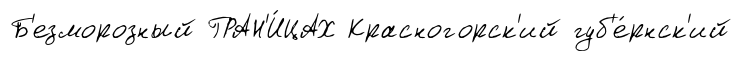
Б'езморозный ГРАН'И́ЦАХ Красногорск'ий губ'е́рнск'ий